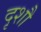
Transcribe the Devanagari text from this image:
दृशौ